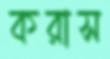
করাস